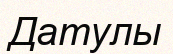
Датулы